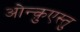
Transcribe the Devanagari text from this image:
ओन्क़ुएस्तु